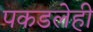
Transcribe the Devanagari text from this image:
पकडलेही